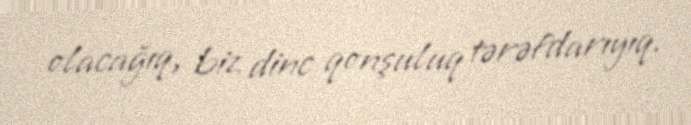
olacağıq, biz dinc qonşuluq tərəfdarıyıq.